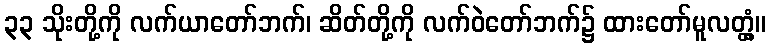
၃၃ သိုးတို့ကို လက်ယာတော်ဘက်၊ ဆိတ်တို့ကို လက်ဝဲတော်ဘက်၌ ထားတော်မူလတ္တံ့။